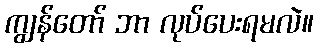
ကျွန်တော် ဘာ လုပ်ပေးရမလဲ။